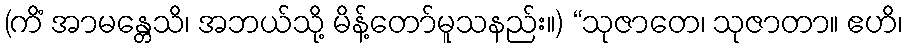
(ကိံ အာမန္တေသိ၊ အဘယ်သို့ မိန့်တော်မူသနည်း။) “သုဇာတေ၊ သုဇာတာ။ ဧဟိ၊